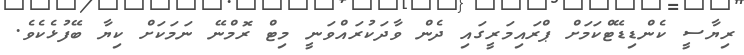
ރިޔާސީ ކެންޑިޑޭޓްކަމަށް ޕްރައިމަރީގައި ދެން ވާދަކުރައްވަނީ މިޓް ރޮމްނޭ ނަމަކަށް ކިޔާ ބޭފުޅެކެވެ.